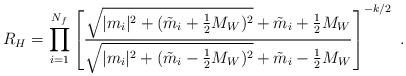
LaTeX: \begin{align*}R_{H}=\prod_{i=1}^{N_f}\left[\frac{\sqrt{|m_i|^2+({\tilde m}_i+\frac{1}{2}M_W)^2}+{\tilde m}_i+\frac{1}{2}M_W}{\sqrt{|m_i|^2+({\tilde m}_i-\frac{1}{2}M_W)^2}+{\tilde m}_i-\frac{1}{2}M_W}\right]^{-k/2}\ .\end{align*}